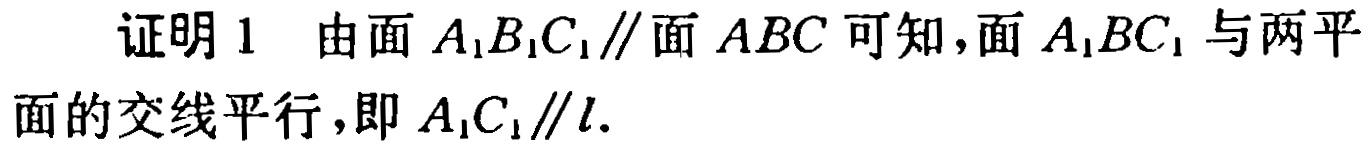
证明 1 由面 \(A_{1}B_{1}C_{1}\parallel\)面 \(ABC\) 可知，面 \(A_{1}BC_{1}\) 与两平面的交线平行，即 \(A_{1}C_{1}\parallel l\).